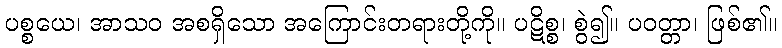
ပစ္စယေ၊ အာသဝ အစရှိသော အကြောင်းတရားတို့ကို။ ပဋိစ္စ၊ စွဲ၍။ ပဝတ္တာ၊ ဖြစ်၏။